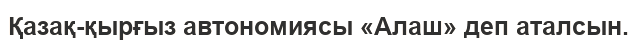
Қазақ-қырғыз автономиясы «Алаш» деп аталсын.